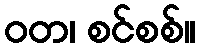
ဝတ၊ စင်စစ်။